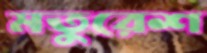
মতুরেশ